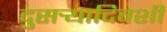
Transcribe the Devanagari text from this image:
दुसर्‍यादिवशी